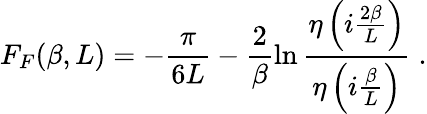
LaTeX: F_{F}(\beta,L)=-\frac{\pi}{6L}-\frac{2}{\beta}\ln{\frac{\eta\left(i\frac{2\beta}{L}\right)}{\eta\left(i\frac{\beta}{L}\right)}}\; .